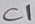
Text: C1